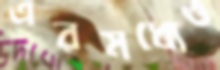
এরমধ্যেও